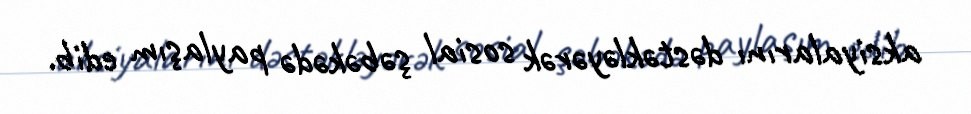
aksiyalarını dəstəkləyərək sosial şəbəkədə paylaşım edib.